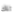
تلك